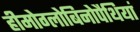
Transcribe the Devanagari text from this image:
हीमोग्लोबिनोपैथियां